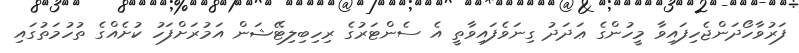
ފަރުވާހޯދަންޖެހިފައިވާ މީހުންގެ ޢަދަދު ގިނަވެފައިވާތީ އެ ސެންޓަރުގެ ރިހިބިލިޓޭޝަން އަމުރަށްފަހު ކުށެއްގެ ތުހުމަތުގައި